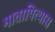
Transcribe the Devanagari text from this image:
मातापित्यास